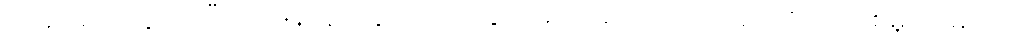
တိမ်းရှောင်သွားပါပြီ၊၊ ဝေဖန်သူတွေက ထိုင်းနိုင်ငံမှာ ဘုရင်ကို အကြည်ညိုပျက်စေမှု ပုဒ်မဟာ